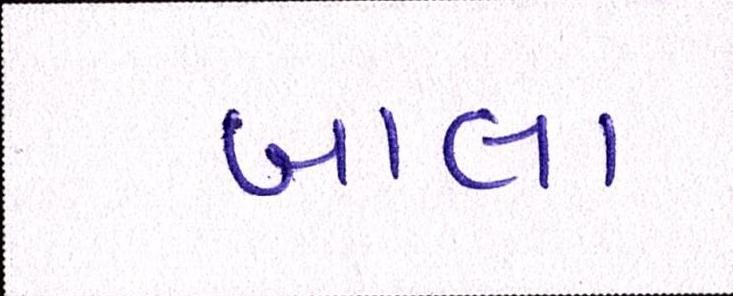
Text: બાલા